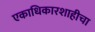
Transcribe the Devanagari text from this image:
एकाधिकारशाहीचा